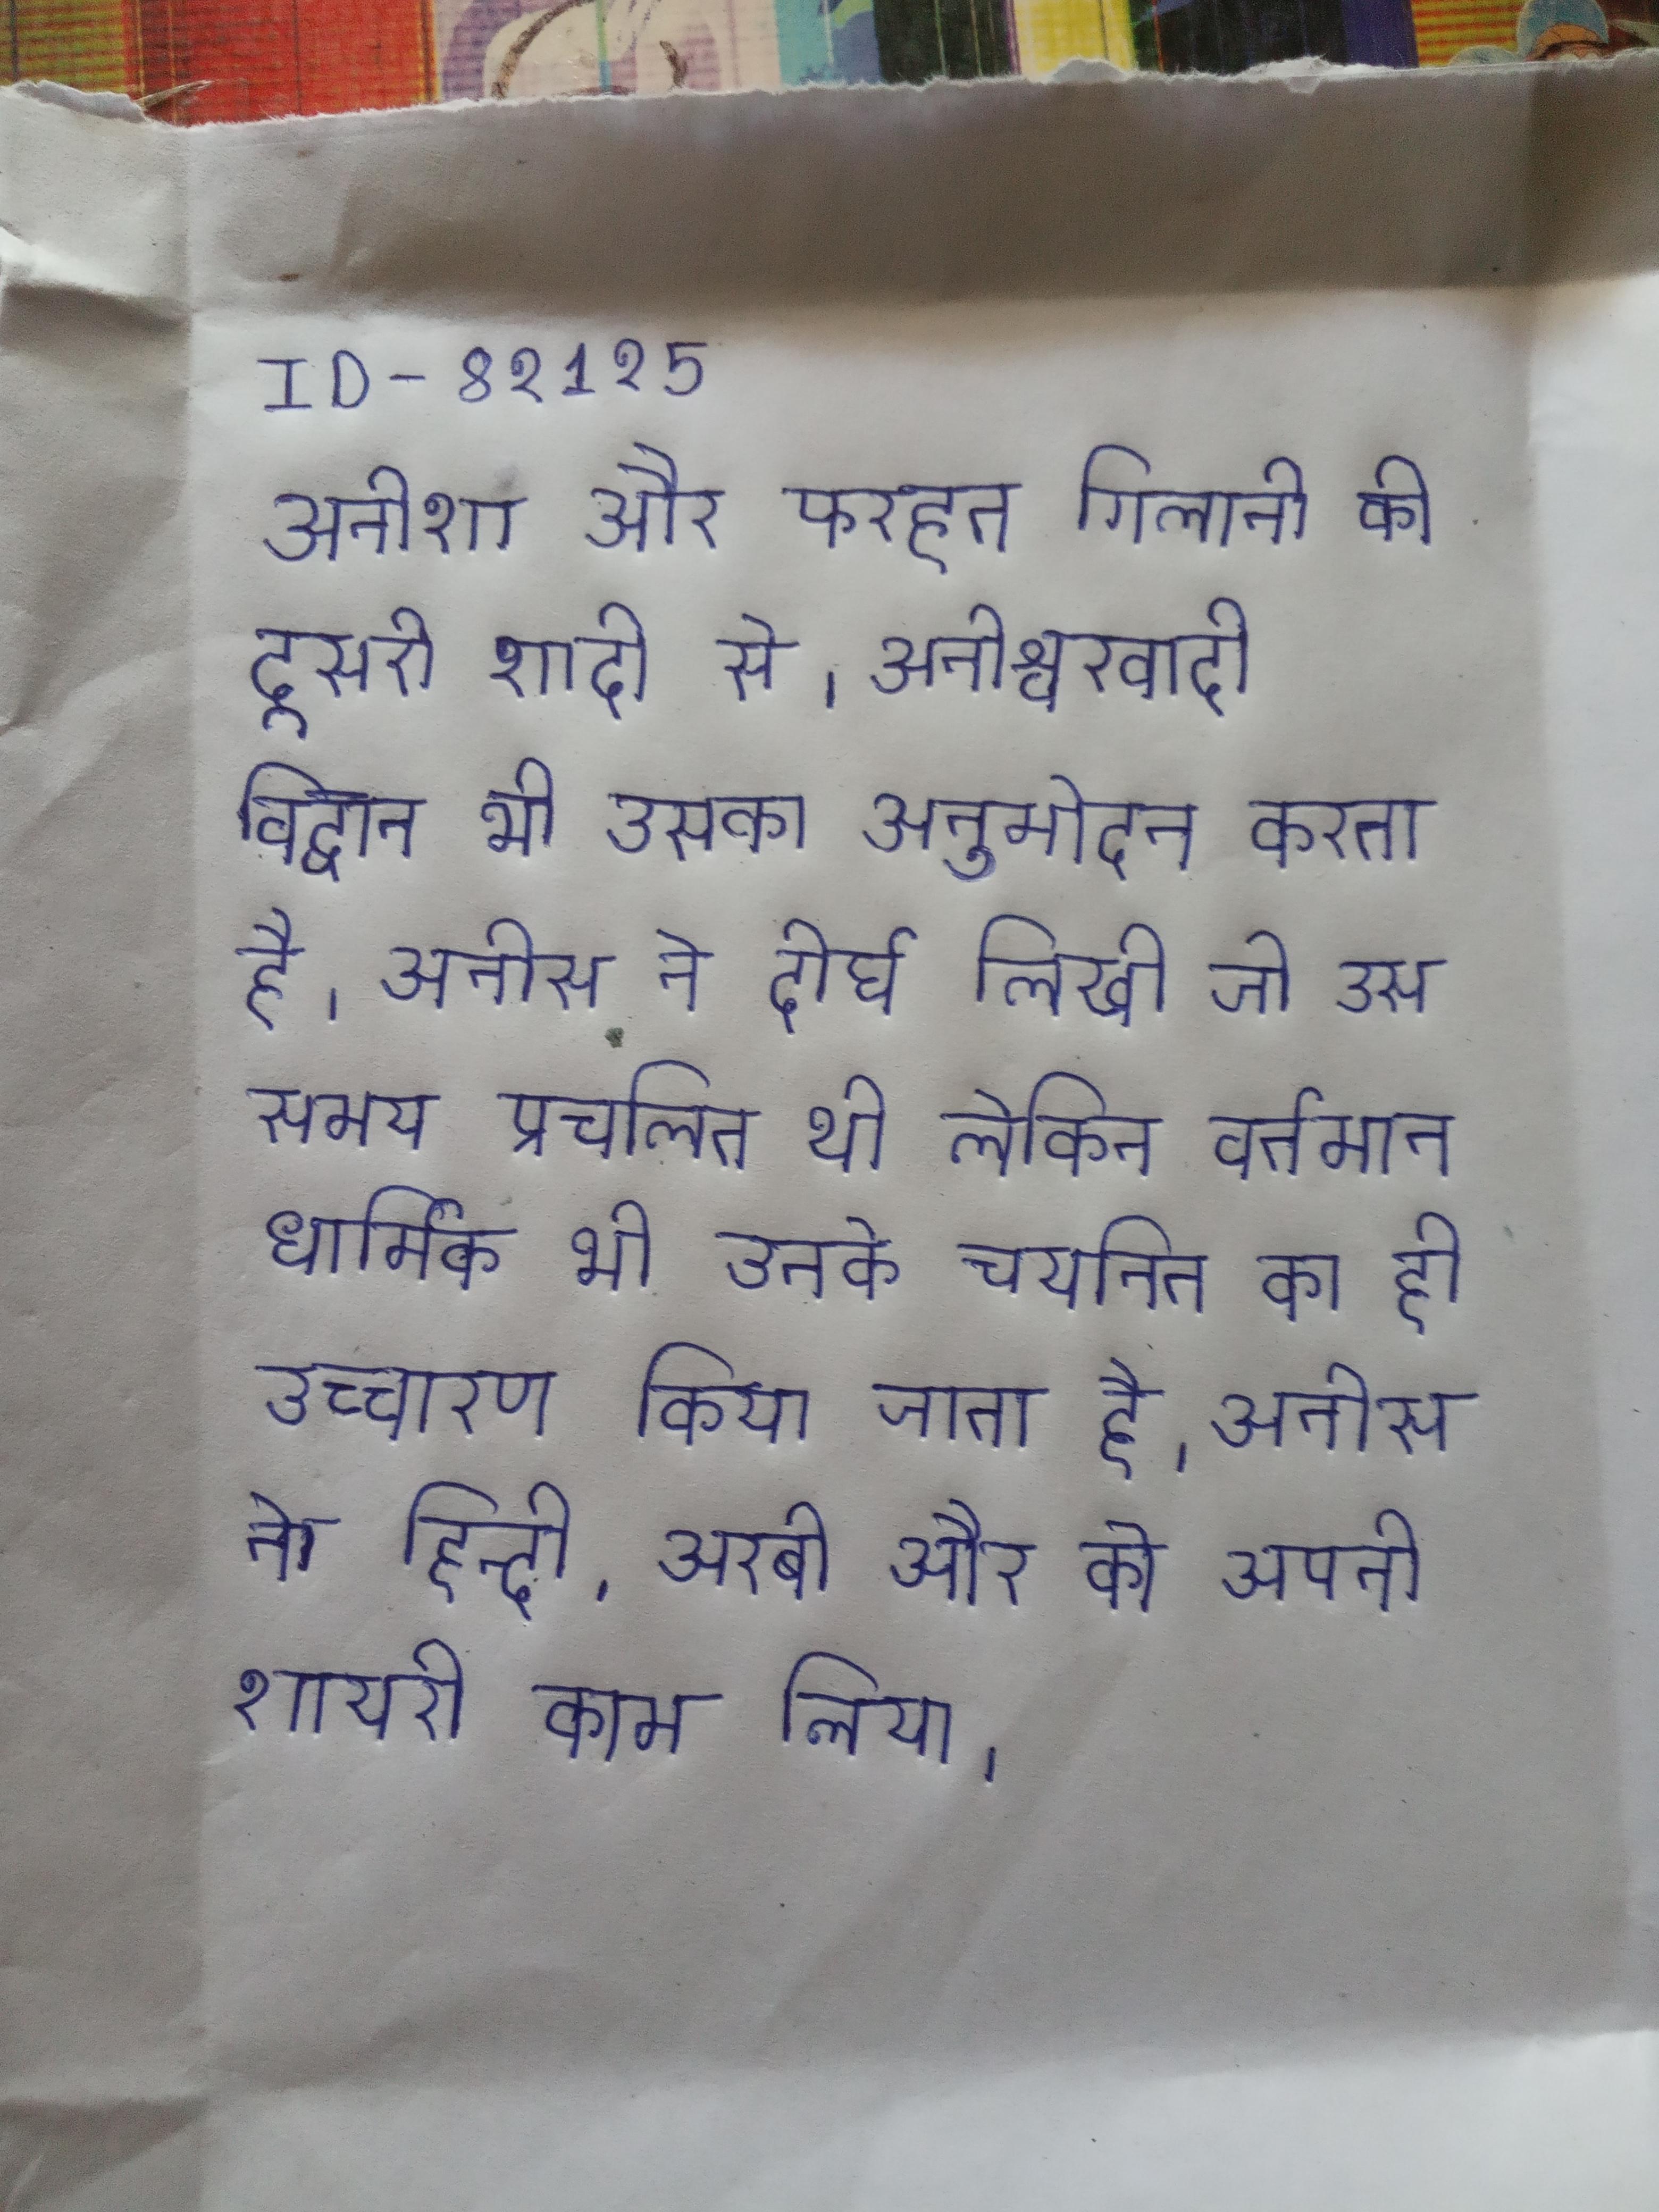
अनीशा और फरहत गिलानी की दूसरी शादी से । अनीश्वरवादी विद्वान भी उसका अनुमोदन करता है । अनीस ने दीर्घ लिखी जो उस समय प्रचलित थी लेकिन वर्तमान धार्मिक भी उनके चयनित का ही उच्चारण किया जाता है । अनीस ने हिन्दी, अरबी और को अपनी शायरी काम लिया ।